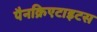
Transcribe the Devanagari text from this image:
पैनक्रिएटाइटस